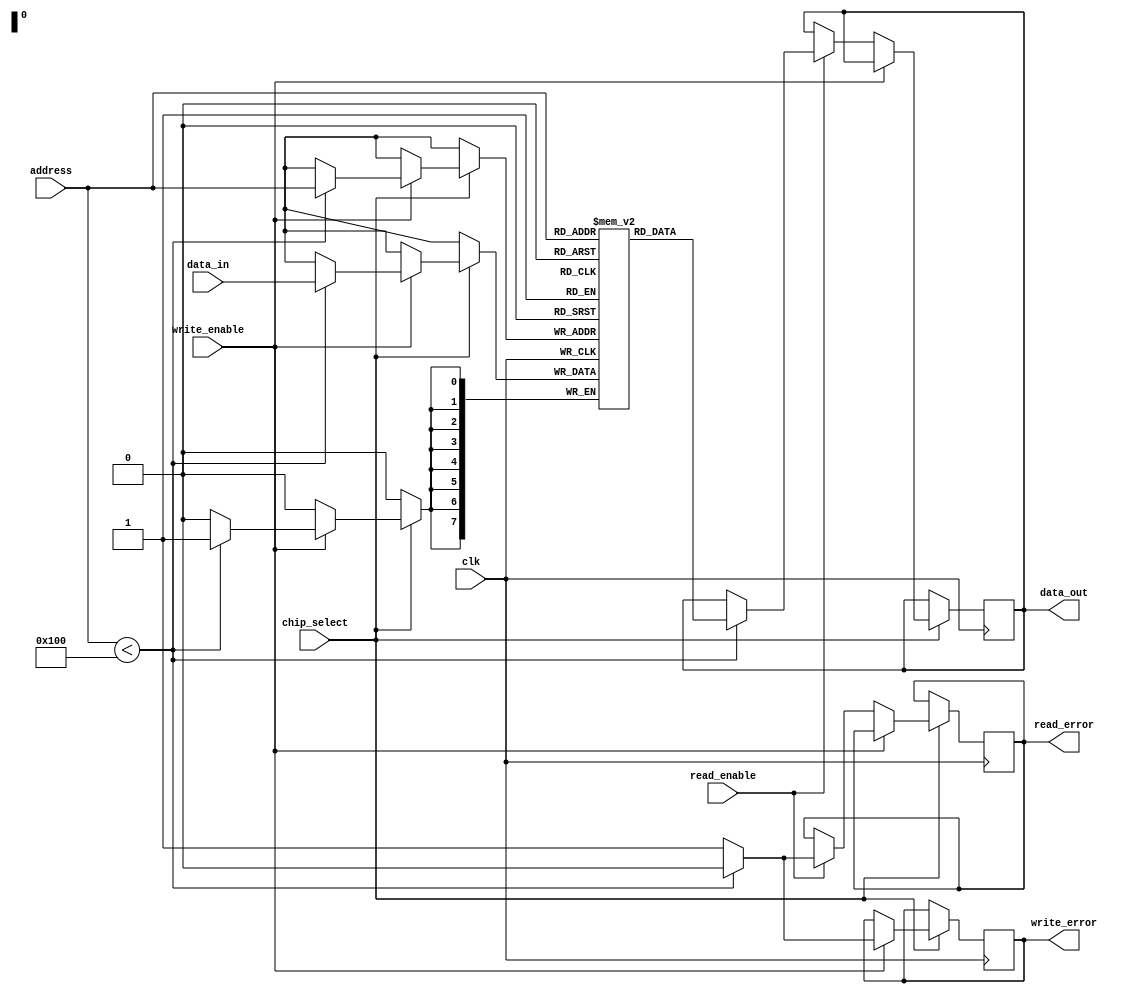
module mram_io_block #(
    parameter DATA_WIDTH = 8,
    parameter ADDRESS_WIDTH = 8
)(
    input wire clk,
    input wire chip_select,
    input wire read_enable,
    input wire write_enable,
    input wire [ADDRESS_WIDTH-1:0] address,
    input wire [DATA_WIDTH-1:0] data_in,
    output reg [DATA_WIDTH-1:0] data_out,
    output reg read_error,
    output reg write_error
);

    // Memory storage for MRAM (for simulation, we can use a RAM model)
    reg [DATA_WIDTH-1:0] mram_memory[(1 << ADDRESS_WIDTH)-1:0];
    
    // Internal data latch
    reg [DATA_WIDTH-1:0] data_latch;

    // Control Signals
    always @(posedge clk) begin
        if (chip_select) begin
            if (write_enable) begin
                // Write operation
                if (address < (1 << ADDRESS_WIDTH)) begin
                    mram_memory[address] <= data_in; // Write data
                    data_latch <= data_in; // Latch input data
                    write_error <= 0; // No error
                end else begin
                    write_error <= 1; // Address out of range
                end
            end else if (read_enable) begin
                // Read operation
                if (address < (1 << ADDRESS_WIDTH)) begin
                    data_out <= mram_memory[address]; // Read data
                    read_error <= 0; // No error
                end else begin
                    read_error <= 1; // Address out of range
                end
            end
        end
    end
    
    // Initialize data_out and error signals
    initial begin
        data_out = 0;
        read_error = 0;
        write_error = 0;
    end
    
endmodule